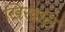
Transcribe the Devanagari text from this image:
खिरवाल